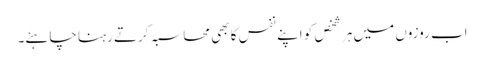
اب روزوں میں ہر شخص کو اپنے نفس کا بھی محاسبہ کرتے رہنا چاہئے۔